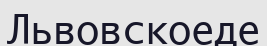
Львовскоеде